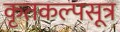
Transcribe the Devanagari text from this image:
कृतकल्पसूत्र